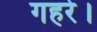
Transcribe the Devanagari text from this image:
गहरे।